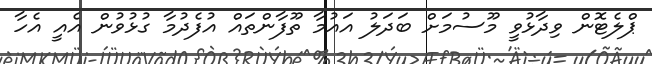
ޕްލެޓޮން ވިދާޅުވީ މޫސުމަށް ބަދަލު އައުމާ ތޫފާންތައް އުފެދުމާ ގުޅުވުން އެއީ އެހާ